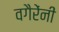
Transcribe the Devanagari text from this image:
वगैरेंनीं